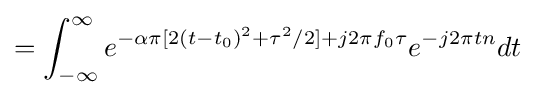
=\int _{-\infty }^{\infty }e^{-\alpha \pi [2(t-t_{0})^{2}+\tau ^{2}/2]+j2\pi f_{0}\tau }e^{-j2\pi tn}dt